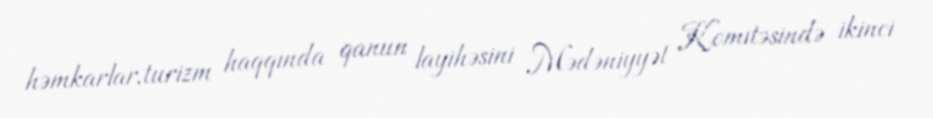
həmkarlar,turizm haqqında qanun layihəsini Mədəniyyət Komitəsində ikinci